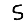
Digit: 5